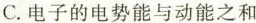
C.电子的电势能与动能之和